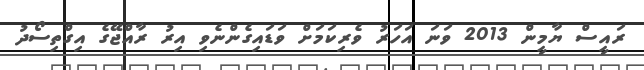
ރައީސް ޔާމީން 2013 ވަނަ އަހަރު ވެރިކަމަށް ވަޑައިގެންނެވި އިރު ރާއްޖޭގެ އިގްތިސޯދު